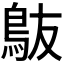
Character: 𬷀